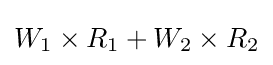
W_{1}\times R_{1}+W_{2}\times R_{2}